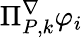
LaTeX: \Pi_{{P},k}^{\nabla}\varphi_{i}